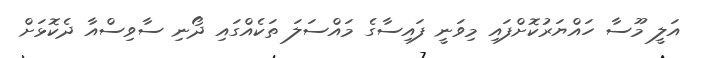
އަލީ މޫސާ ހައްޔަރުކޮށްފައި މިވަނީ ފައިސާގެ މައްސަލަ ތަކެއްގައި ދޯނި ސާވިސްއާ ދެކޮޅަށް